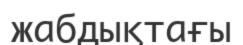
жабдықтағы